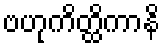
ဗဟုကိတ္ထိကာနိ